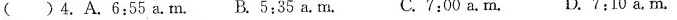
( )4.A.6:55 a.m. B.5:35 a.m. C.7:00 a.m. D.7:10 a.m.